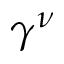
\gamma ^ { \nu }